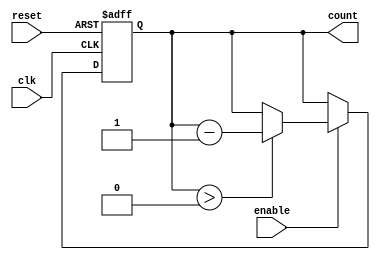
module binary_down_counter #(
    parameter N = 4  // Number of bits for the counter (default is 4)
)(
    input wire clk,          // Clock signal
    input wire reset,        // Asynchronous reset signal
    input wire enable,       // Enable signal
    output reg [N-1:0] count // Current count value
);

    // Maximum count value
    localparam MAX_COUNT = (1 << N) - 1; // 2^N - 1

    // Asynchronous reset
    always @(posedge clk or posedge reset) begin
        if (reset) begin
            count <= MAX_COUNT; // Reset counter to maximum value
        end else if (enable) begin
            if (count > 0) begin
                count <= count - 1; // Decrement count
            end
            // If count is 0, it remains 0
        end
    end

endmodule